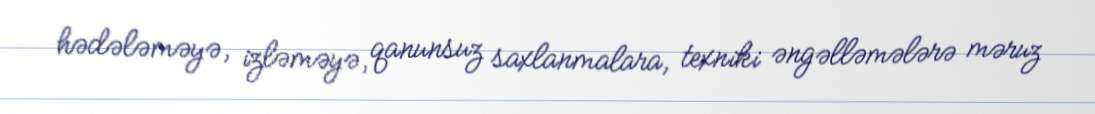
hədələməyə, izləməyə, qanunsuz saxlanmalara, texniki əngəlləmələrə məruz